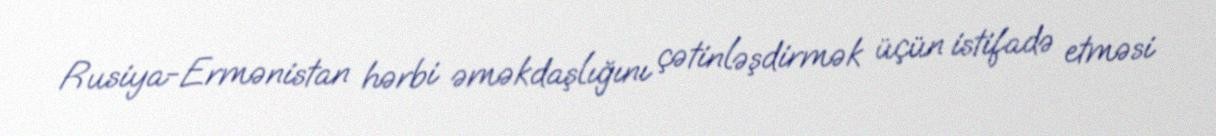
Rusiya-Ermənistan hərbi əməkdaşlığını çətinləşdirmək üçün istifadə etməsi